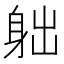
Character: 䠳